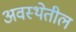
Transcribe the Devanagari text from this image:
अवस्‍थेतील